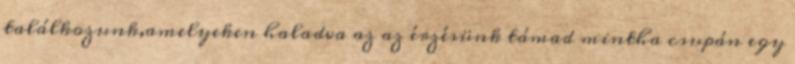
találkozunk,amelyeken haladva az az érzésünk támad mintha csupán egy